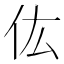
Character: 𠆽